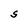
Character: S